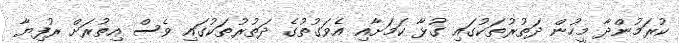
ކުރަމުންދާ މީހުން ދަތުރުތަކުގައި ގުޅާ ކަމަށާއި އެވަގުތުގެ ދަތުރުތަކުގައި ވެސް އިތުރަށް ރުފިޔާ